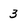
Character: 3